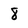
Character: 8